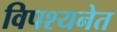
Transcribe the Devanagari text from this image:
विपश्यनेत